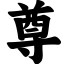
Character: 尊